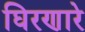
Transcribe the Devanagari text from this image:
घिरणारे